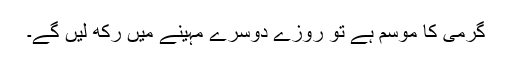
گرمی کا موسم ہے تو روزے دوسرے مہینے میں رکھ لیں گے۔